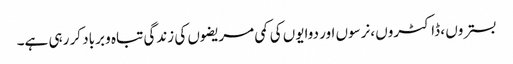
بستروں ، ڈاکٹروں ،نرسوں اور دوایوں کی کمی مریضوں کی زندگی تباہ و برباد کر رہی ہے۔